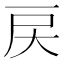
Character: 戻